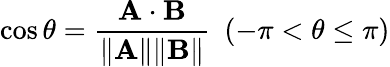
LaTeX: \cos\theta={\frac{\mathbf{A\cdot B}}{\| \mathbf{A}\| \| \mathbf{B}\| }}\ \ (-\pi<\theta\leq\pi)